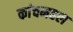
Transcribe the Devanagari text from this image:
कांचमहल